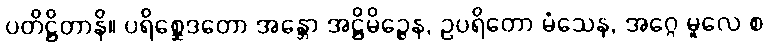
ပတိဋ္ဌိတာနိ။ ပရိစ္ဆေဒတော အန္တော အဋ္ဌိမိဉ္ဇေန, ဥပရိတော မံသေန, အဂ္ဂေ မူလေ စ